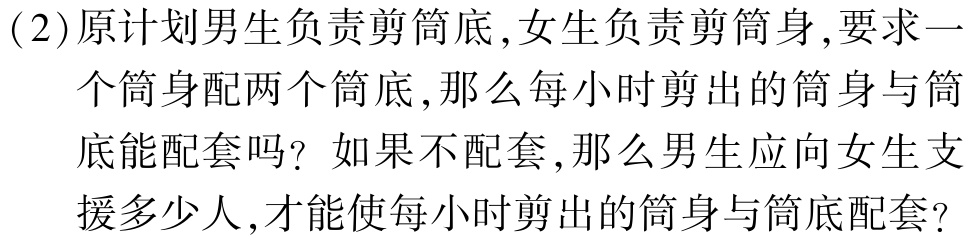
(2)原计划男生负责剪筒底,女生负责剪筒身,要求一个筒身配两个筒底,那么每小时剪出的筒身与筒底能配套吗？如果不配套,那么男生应向女生支援多少人,才能使每小时剪出的筒身与筒底配套?